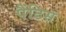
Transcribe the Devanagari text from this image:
पैंटिस